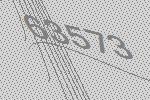
63573